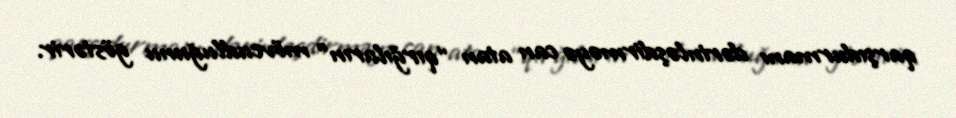
qarşıdurmanı dərinləşdirməyə can atan “qırğıların” mövcudluğunu göstərir.